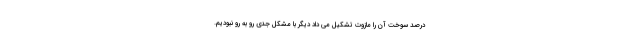
درصد سوخت آن را مازوت تشکیل می داد دیگر با مشکل جدی رو به رو نبودیم.